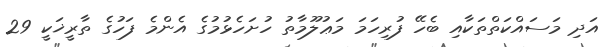
އަދި މަސައްކަތްތަކާއި ބެހޭ ފުރިހަމަ މަޢުލޫމާތު ހުށަހެޅުމުގެ އެންމެ ފަހުގެ ތާރީޚަކީ 29